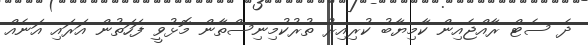
ދެ ސެޓް ރާއްޖެއިން ކާމިޔާބު ކުރިއިރު ތުރުކުމިނިސްތާން މޮޅުވީ ފަހަތުން އަރައި އަނެއް